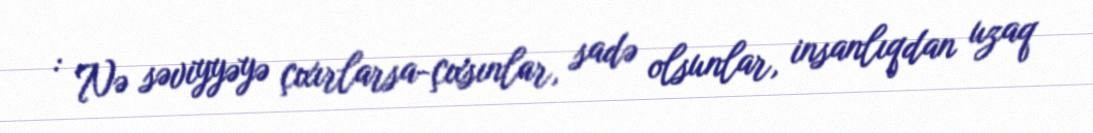
: Nə səviyyəyə çıxırlarsa-çıxsınlar, sadə olsunlar, insanlıqdan uzaq